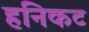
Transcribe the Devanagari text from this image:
हनिकट